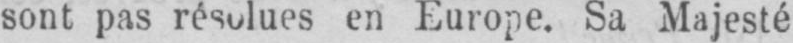
sont pas résolues en Europe. Sa Majesté